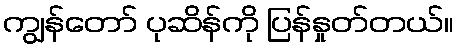
ကျွန်တော် ပုဆိန်ကို ပြန်နှုတ်တယ်။